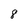
Character: 8